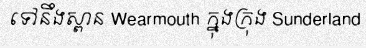
ទៅនឹងស្ពាន Wearmouth ក្នុងក្រុង Sunderland